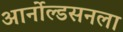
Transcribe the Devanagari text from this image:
आर्नोल्डसनला